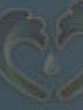
C